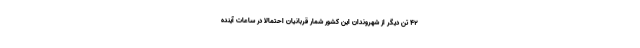
۴۲ تن دیگر از شهروندان این کشور شمار قربانیان احتمالا در ساعات آینده